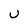
Character: U